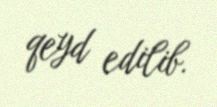
qeyd edilib.